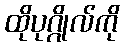
ထိုပုဂ္ဂိုလ်ကို